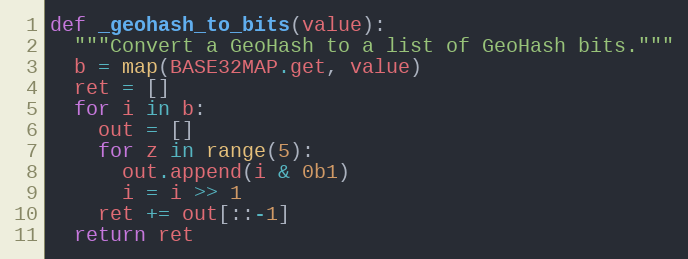
Language: Python
def _geohash_to_bits(value):
  """Convert a GeoHash to a list of GeoHash bits."""
  b = map(BASE32MAP.get, value)
  ret = []
  for i in b:
    out = []
    for z in range(5):
      out.append(i & 0b1)
      i = i >> 1
    ret += out[::-1]
  return ret